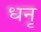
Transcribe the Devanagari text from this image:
धनृ